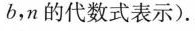
b，n的代数式表示).